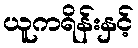
ယူကရိန်းနှင့်